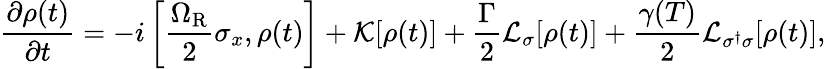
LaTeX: \frac{\partial\rho(t)}{\partial t}=-i\left[\frac{\Omega_{\mathrm{R}}}{2}\sigma_{x},\rho(t)\right]+\mathcal{K}[\rho(t)]+\frac{\Gamma}{2}\mathcal{L}_{\sigma}[\rho(t)]+\frac{\gamma(T)}{2}\mathcal{L}_{\sigma^{\dagger}\sigma}[\rho(t)],